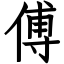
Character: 傅